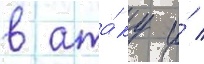
в ата́ку и́ /